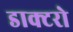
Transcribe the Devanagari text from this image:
डाक्टरो